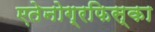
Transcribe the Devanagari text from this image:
एतेनोग्रफिस्का